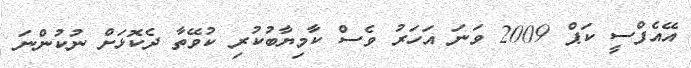
އޭއެފްސީ ކަޕް 2009 ވަނަ އަހަރު ވެސް ކާމިޔާބުކުރި ކުވޭތާ ދެކޮޅަށް ނުކުންނަ